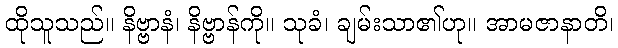
ထိုသူသည်။ နိဗ္ဗာနံ၊ နိဗ္ဗာန်ကို။ သုခံ၊ ချမ်းသာ၏ဟု။ အာမဇာနာတိ၊